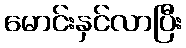
မောင်းနှင်လာပြီး